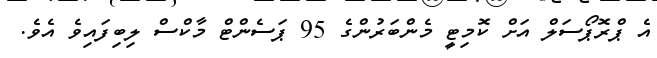
އެ ޕްރޮޕޯސަލް އަށް ކޮމިޓީ މެންބަރުންގެ 95 ޕަސެންޓް މާކްސް ލިބިފައިވެ އެވެ.